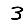
Digit: 3